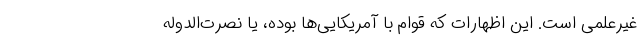
غیرعلمی است. این اظهارات که قوام با آمریکایی‌ها بوده، یا نصرت‌الدوله